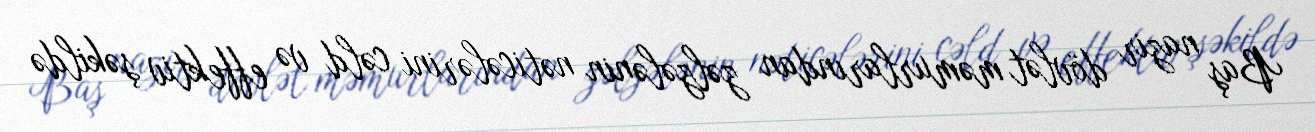
Baş nazir dövlət məmurlarından zəlzələnin nəticələrini cəld və effektiv şəkildə